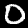
Digit: 0